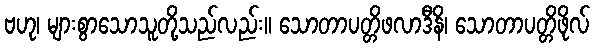
ဗဟု၊ များစွာသောသူတို့သည်လည်း။ သောတာပတ္တိဖလာဒီနိ၊ သောတာပတ္တိဖိုလ်